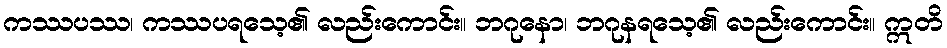
ကဿပဿ၊ ကဿပရသေ့၏ လည်းကောင်း။ ဘဂုနော၊ ဘဂုနရသေ့၏ လည်းကောင်း။ ဣတိ